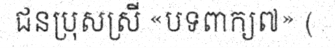
ជនប្រុសស្រី «បទពាក្យ៧» (